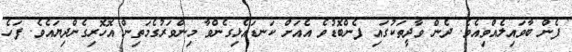
ފެން ބާވައިލެއްވިއެވެ. ދެން ވާދީތަކުގައި ފެންބޮޑުވެ އެއަށް ކަނޑައެޅިގެންވާ މިންވަރުގެމަތިން އޮހޮރިގެންދިޔައެވެ. ފަހެ